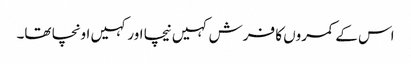
اس کے کمروں کا فرش کہیں نیچا اور کہیں اونچا تھا۔